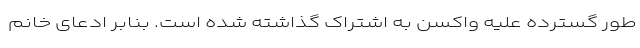
طور گسترده علیه واکسن به اشتراک گذاشته شده است. بنابر ادعای خانم